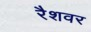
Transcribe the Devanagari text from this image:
रैशवर